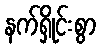
နက်ရှိုင်းစွာ